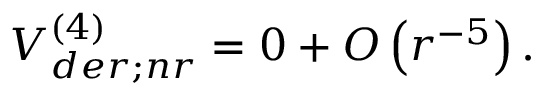
V _ { d e r ; n r } ^ { ( 4 ) } = 0 + { \cal O } \left( r ^ { - 5 } \right) .